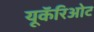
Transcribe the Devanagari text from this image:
यूकॅरिओट